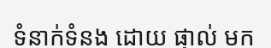
ទំនាក់ទំនង ដោយ ផ្ទាល់ មក